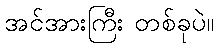
အင်အားကြီး တစ်ခုပဲ။